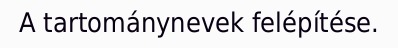
A tartománynevek felépítése.